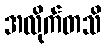
အလိုက်တသိ